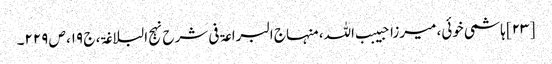
[۲۳] ہاشمی خوئی، میرزا حبیبب اللہ، منہاج البراعۃ فی شرح نہج البلاغۃ، ج ۱۹، ص ۲۲۹۔